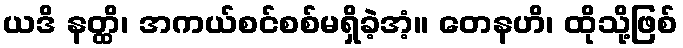
ယဒိ နတ္ထိ၊ အကယ်စင်စစ်မရှိခဲ့အံ့။ တေနဟိ၊ ထိုသို့ဖြစ်